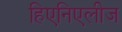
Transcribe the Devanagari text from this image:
हिएनिएलीज